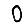
Digit: 0